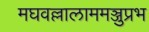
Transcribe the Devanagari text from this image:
मघवल्लालाममञ्जुप्रभ